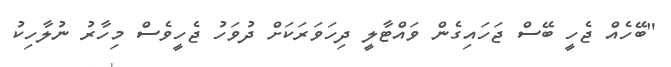
"ބޭހެއް ޖެހީ ބޭސް ޖަހައިގެން ވައްޓާލީ ދިހަވަރަކަށް ދުވަހު ޖެހީވެސް މިހާރު ނުލާހިކު